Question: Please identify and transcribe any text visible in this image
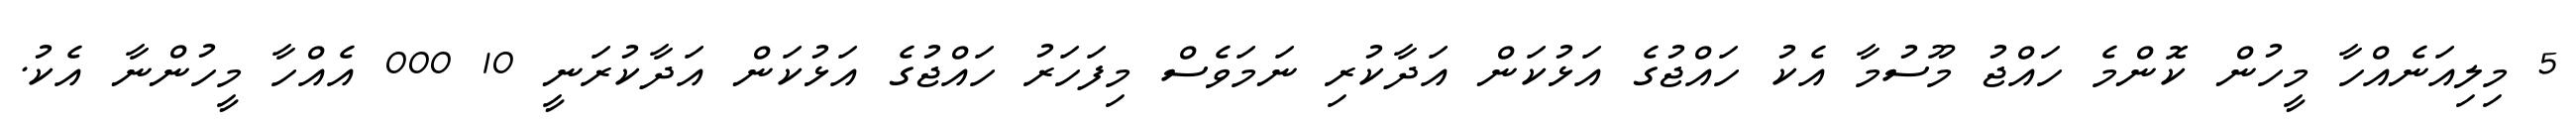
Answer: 5 މިލިއަނެއްހާ މީހުން ކޮންމެ ހައްޖު މޫސުމާ އެކު ހައްޖުގެ އަޅުކަން އަދާކުރި ނަމަވެސް މިފަހަރު ހައްޖުގެ އަޅުކަން އަދާކުރަނީ 10 000 އެއްހާ މީހުންނާ އެކު.